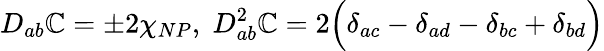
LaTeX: D_{ab}\mathbb{C}=\pm2\chi_{NP},\; D_{ab}^{2}\mathbb{C}=2\Bigl(\delta_{ac}-\delta_{ad}-\delta_{bc}+\delta_{bd}\Bigr)